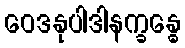
ဝေဒနုပါဒါနက္ခန္ဓေ